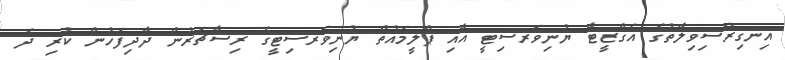
އިނގިރޭސިވިލާތުގެ އެގްޒީޓާ ޔުނިވަރސިޓީ އާއި ޕްލީމައުތް ޔުނިވަރސިޓީގެ ރިސާޗަރުން ދާދިފަހުން ކުރި ދެ